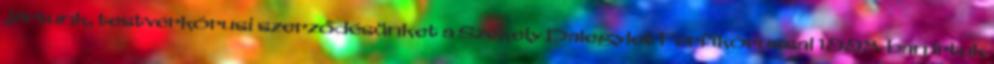
jártunk, testvérkórusi szerződésünket a Székely Dalegylet Férfikórussal 1998-ban írtuk